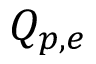
Q _ { p , e }